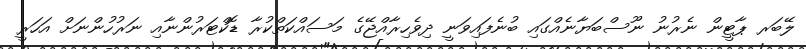
ލޭބަރ ޕާޓީން ނެރުނު ނޫސްބަޔާނެއްގައި ބުނެފައިވަނީ ދިވެހިރާއްޖޭގެ މަސައްކަތްކުރާ ޑޮކްޓަރުންނާއި ނަރުހުންނަށް އަހަރީ